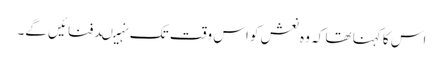
اس کا کہنا تھا کہ وہ نعش کو اس وقت تک نہیںدفنائیں گے۔